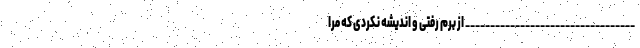
__________________________________ از برم رفتی و اندیشه نکردی که مرا